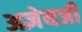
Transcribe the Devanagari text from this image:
अज्ञेयजी